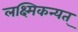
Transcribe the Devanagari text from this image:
लक्ष्मिकन्यत्